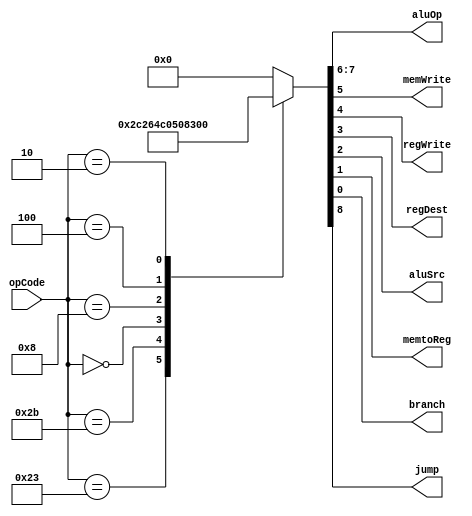
module Main_Decoder (
    input    wire     [5:0]     opCode,
    output   reg      [1:0]     aluOp,
    output   reg                memWrite, regWrite, regDest, aluSrc, memtoReg, branch, jump
);

reg     [8:0]     flags;  

localparam loadWord        = 6'b10_0011,
           storeWord       = 6'b10_1011,
           rType           = 6'b00_0000,
           addImmediate    = 6'b00_1000,
           branchIfEqual   = 6'b00_0100,
           jump_inst       = 6'b00_0010; 

always @(*)
    begin
        {jump, aluOp, memWrite, regWrite, regDest, aluSrc, memtoReg, branch} = flags;
    end

always @(*)
    begin
        case (opCode)
            loadWord      : flags = 9'b0_0001_0110;
            storeWord     : flags = 9'b0_0010_0110;
            rType         : flags = 9'b0_1001_1000;
            addImmediate  : flags = 9'b0_0001_0100;
            branchIfEqual : flags = 9'b0_0100_0001;
            jump_inst     : flags = 9'b1_0000_0000;
            default       : flags = 9'b0_0000_0000;
        endcase
    end
endmodule